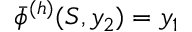
\bar { \phi } ^ { ( h ) } ( S , y _ { 2 } ) = y _ { 1 }